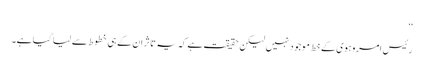
‘‘
رئیس امروہوی کے خط موجود نہیں لیکن حقیقت ہے کہ یہ تاثر ان کے ہی خطوط سے لیا گیا ہے۔